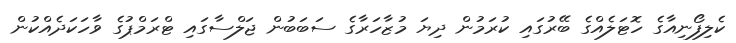
ކެލިފޯނިއާގެ ހޮޓަލެއްގެ ބޭރުގައި ކުރަމުން ދިޔަ މުޒާހަރާގެ ސަބަބުން ޖަލްސާގައި ޓްރަމްޕުގެ ވާހަކަދެއްކުން